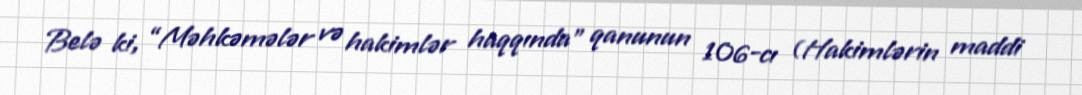
Belə ki, “Məhkəmələr və hakimlər haqqında” qanunun 106-cı (Hakimlərin maddi